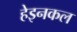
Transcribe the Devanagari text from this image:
हेइनकल